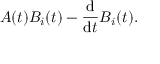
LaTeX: A ( t ) B _ { i } ( t ) - { \frac { \mathrm { d } } { \mathrm { d } t } } B _ { i } ( t ) .